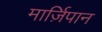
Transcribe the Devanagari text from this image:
मार्ज़िपान